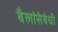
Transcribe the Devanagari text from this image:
बैलांसंबंधी